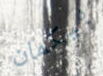
بيكمان